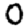
Digit: 0